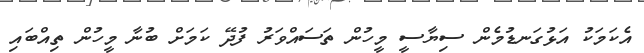
އެކަމަކު އަޅުގަނޑުމެން ސިޔާސީ މީހުން ތަސައްވަރު ފުދޭ ކަމަށް ބުނާ މީހުން ތިއްބައި